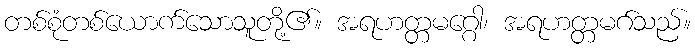
တစ်စုံတစ်ယောက်သောသူတို့၏။ အရဟတ္တမဂ္ဂေါ၊ အရဟတ္တမဂ်သည်။